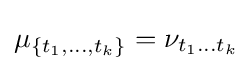
\mu _{\{t_{1},...,t_{k}\}}=\nu _{t_{1}\dots t_{k}}